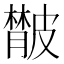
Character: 𦡨